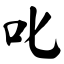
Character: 叱